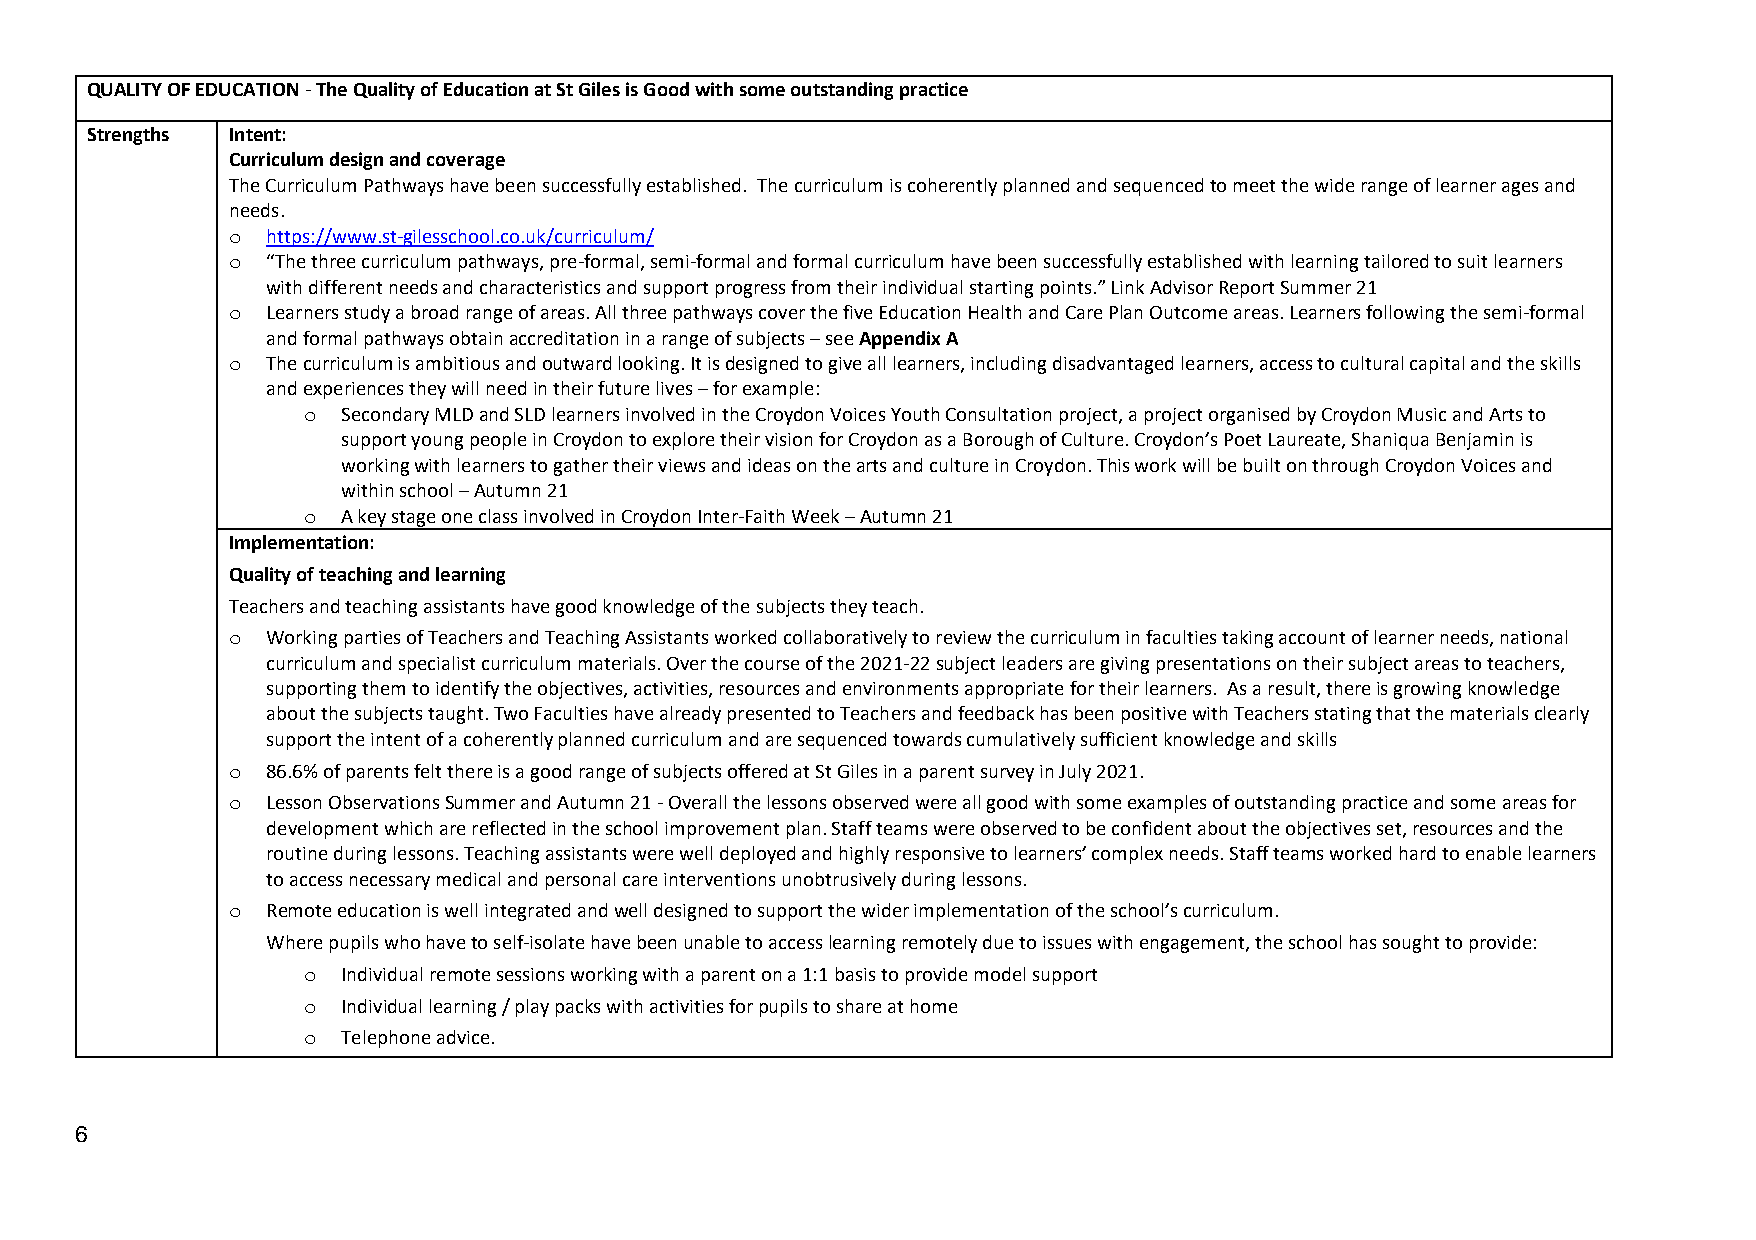
QUALITY OF EDUCATION - The Quality of Education at St Giles is Good with some outstanding practice
 Strengths Intent:
 Curriculum design and coverage
 The Curriculum Pathways have been successfully established. The curriculum is coherently planned and sequenced to meet the wide range of learner ages and
 needs.
 o  https://www.st-gilesschool.co.uk/curriculum/
 o  “The three curriculum pathways, pre-formal, semi-formal and formal curriculum have been successfully established with learning tailored to suit learners
 with different needs and characteristics and support progress from their individual starting points.” Link Advisor Report Summer 21
 o  Learners study a broad range of areas. All three pathways cover the five Education Health and Care Plan Outcome areas. Learners following the semi-formal
 and formal pathways obtain accreditation in a range of subjects – see Appendix A
 o  The curriculum is ambitious and outward looking. It is designed to give all learners, including disadvantaged learners, access to cultural capital and the skills
 and experiences they will need in their future lives – for example:
 o  Secondary MLD and SLD learners involved in the Croydon Voices Youth Consultation project, a project organised by Croydon Music and Arts to
 support young people in Croydon to explore their vision for Croydon as a Borough of Culture. Croydon’s Poet Laureate, Shaniqua Benjamin is
 working with learners to gather their views and ideas on the arts and culture in Croydon. This work will be built on through Croydon Voices and
 within school – Autumn 21
 o  A key stage one class involved in Croydon Inter-Faith Week – Autumn 21
 Implementation:
 Quality of teaching and learning
 Teachers and teaching assistants have good knowledge of the subjects they teach.
 o  Working parties of Teachers and Teaching Assistants worked collaboratively to review the curriculum in faculties taking account of learner needs, national
 curriculum and specialist curriculum materials. Over the course of the 2021-22 subject leaders are giving presentations on their subject areas to teachers,
 supporting them to identify the objectives, activities, resources and environments appropriate for their learners. As a result, there is growing knowledge
 about the subjects taught. Two Faculties have already presented to Teachers and feedback has been positive with Teachers stating that the materials clearly
 support the intent of a coherently planned curriculum and are sequenced towards cumulatively sufficient knowledge and skills
 o  86.6% of parents felt there is a good range of subjects offered at St Giles in a parent survey in July 2021.
 o  Lesson Observations Summer and Autumn 21 - Overall the lessons observed were all good with some examples of outstanding practice and some areas for
 development which are reflected in the school improvement plan. Staff teams were observed to be confident about the objectives set, resources and the
 routine during lessons. Teaching assistants were well deployed and highly responsive to learners’ complex needs. Staff teams worked hard to enable learners
 to access necessary medical and personal care interventions unobtrusively during lessons.
 o  Remote education is well integrated and well designed to support the wider implementation of the school’s curriculum.
 Where pupils who have to self-isolate have been unable to access learning remotely due to issues with engagement, the school has sought to provide:
 o  Individual remote sessions working with a parent on a 1:1 basis to provide model support
 o  Individual learning / play packs with activities for pupils to share at home
 o  Telephone advice.
 6